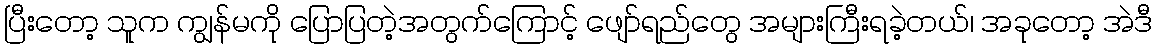
ပြီးတော့ သူက ကျွန်မကို ပြောပြတဲ့အတွက်ကြောင့် ဖျော်ရည်တွေ အများကြီးရခဲ့တယ်၊ အခုတော့ အဲဒီ